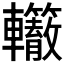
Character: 𰹭